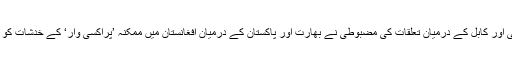
لیکن نئی دہلی اور کابل کے درمیان تعلقات کی مضبوطی نے بھارت اور پاکستان کے درمیان افغانستان میں ممکنہ ’پراکسی وار‘ کے خدشات کو بڑھا دیا ہے۔